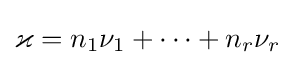
\varkappa =n_{1}\nu _{1}+\dots +n_{r}\nu _{r}